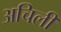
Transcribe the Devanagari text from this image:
अचिली